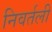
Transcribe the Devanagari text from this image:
निवर्तली